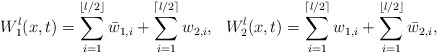
\begin{align*} W^l_1(x,t)=\sum_{i=1}^{\lfloor l/2\rfloor}\bar{w}_{1,i}+\sum_{i=1}^{\lceil l/2\rceil}{w}_{2,i},\ \ W_2^l(x,t)=\sum_{i=1}^{\lceil l/2\rceil}{w}_{1,i}+\sum_{i=1}^{\lfloor l/2\rfloor}\bar{w}_{2,i},\end{align*}